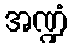
အဏ္ဍံ